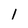
Character: l